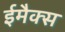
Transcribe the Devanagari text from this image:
ईमैक्स